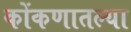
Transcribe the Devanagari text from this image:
कोंकणातल्या